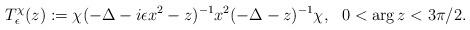
LaTeX: \begin{align*} T^\chi_\epsilon ( z ) := \chi ( - \Delta - i \epsilon x^2 - z )^{-1} x^2 ( - \Delta - z )^{-1} \chi , \ \ 0 < \arg z < 3 \pi /2 . \end{align*}